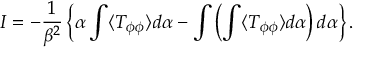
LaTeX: I = - { \frac { 1 } { \beta ^ { 2 } } } \left\{ { \alpha \int \langle T _ { \phi \phi } \rangle d \alpha } - { \int \left( \int \langle T _ { \phi \phi } \rangle d \alpha \right) d \alpha } \right\} .